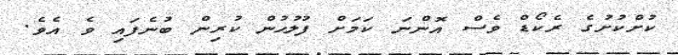
ކުށްކުށުގެ ރެކޯޑް ވެސް އޮންނަ ކަމަށް ފުލުހުން ކުރިން ބުނެފައި ވެ އެވެ.